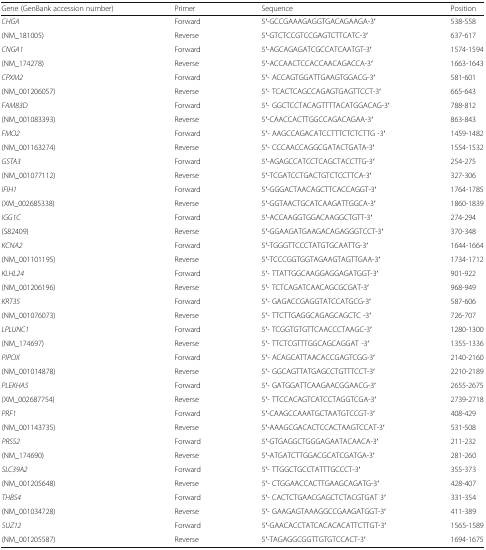
<table><thead><tr><td><b>Gene (GenBank accession number)</b></td><td><b>Primer</b></td><td><b>Sequence</b></td><td><b>Position</b></td></tr></thead><tbody><tr><td><i>CHGA</i></td><td>Forward</td><td>5′-GCCGAAAGAGGTGACAGAAGA-3′</td><td>538-558</td></tr><tr><td>(NM_181005)</td><td>Reverse</td><td>5′-GTCTCCGTCCGAGTCTTCATC-3′</td><td>637-617</td></tr><tr><td><i>CNGA1</i></td><td>Forward</td><td>5′-AGCAGAGATCGCCATCAATGT-3′</td><td>1574-1594</td></tr><tr><td>(NM_174278)</td><td>Reverse</td><td>5′-ACCAACTCCACCAACAGACCA-3′</td><td>1663-1643</td></tr><tr><td><i>CPXM2</i></td><td>Forward</td><td>5′- ACCAGTGGATTGAAGTGGACG-3′</td><td>581-601</td></tr><tr><td>(NM_001206057)</td><td>Reverse</td><td>5′- TCACTCAGCCAGAGTGAGTTCCT-3′</td><td>665-643</td></tr><tr><td><i>FAM83D</i></td><td>Forward</td><td>5′- GGCTCCTACAGTTTTACATGGACAG-3′</td><td>788-812</td></tr><tr><td>(NM_001083393)</td><td>Reverse</td><td>5′-CAACCACTTGGCCAGACAGAA-3′</td><td>863-843</td></tr><tr><td><i>FMO2</i></td><td>Forward</td><td>5′- AAGCCAGACATCCTTTCTCTCTTG -3′</td><td>1459-1482</td></tr><tr><td>(NM_001163274)</td><td>Reverse</td><td>5′- CCCAACCAGGCGATACTGATA-3′</td><td>1554-1532</td></tr><tr><td><i>GSTA3</i></td><td>Forward</td><td>5′-AGAGCCATCCTCAGCTACCTTG-3′</td><td>254-275</td></tr><tr><td>(NM_001077112)</td><td>Reverse</td><td>5′-TCGATCCTGACTGTCTCCTTCA-3′</td><td>327-306</td></tr><tr><td><i>IFIH1</i></td><td>Forward</td><td>5′-GGGACTAACAGCTTCACCAGGT-3′</td><td>1764-1785</td></tr><tr><td>(XM_002685338)</td><td>Reverse</td><td>5′-GGTAACTGCATCAAGATTGGCA-3′</td><td>1860-1839</td></tr><tr><td><i>IGG1C</i></td><td>Forward</td><td>5′-ACCAAGGTGGACAAGGCTGTT-3′</td><td>274-294</td></tr><tr><td>(S82409)</td><td>Reverse</td><td>5′-GGAAGATGAAGACAGAGGGTCCT-3′</td><td>370-348</td></tr><tr><td><i>KCNA2</i></td><td>Forward</td><td>5′-TGGGTTCCCTATGTGCAATTG-3′</td><td>1644-1664</td></tr><tr><td>(NM_001101195)</td><td>Reverse</td><td>5′-TCCCGGTGGTAGAAGTAGTTGAA-3′</td><td>1734-1712</td></tr><tr><td><i>KLHL24</i></td><td>Forward</td><td>5′- TTATTGGCAAGGAGGAGATGGT-3′</td><td>901-922</td></tr><tr><td>(NM_001206196)</td><td>Reverse</td><td>5′- TCTCAGATCAACAGCGCGAT-3′</td><td>968-949</td></tr><tr><td><i>KRT35</i></td><td>Forward</td><td>5′- GAGACCGAGGTATCCATGCG-3′</td><td>587-606</td></tr><tr><td>(NM_001076073)</td><td>Reverse</td><td>5′- TTCTTGAGGCAGAGCAGCTC -3′</td><td>726-707</td></tr><tr><td><i>LPLUNC1</i></td><td>Forward</td><td>5′- TCGGTGTGTTCAACCCTAAGC-3′</td><td>1280-1300</td></tr><tr><td>(NM_174697)</td><td>Reverse</td><td>5′- TTCTCGTTTGGCAGCAGGAT -3′</td><td>1355-1336</td></tr><tr><td><i>PIPOX</i></td><td>Forward</td><td>5′- ACAGCATTAACACCGAGTCGG-3′</td><td>2140-2160</td></tr><tr><td>(NM_001014878)</td><td>Reverse</td><td>5′- GGCAGTTATGAGCCTGTTTCCT-3′</td><td>2210-2189</td></tr><tr><td><i>PLEKHA5</i></td><td>Forward</td><td>5′- GATGGATTCAAGAACGGAACG-3′</td><td>2655-2675</td></tr><tr><td>(XM_002687754)</td><td>Reverse</td><td>5′- TTCCACAGTCATCCTAGGTCGA-3′</td><td>2739-2718</td></tr><tr><td><i>PRF1</i></td><td>Forward</td><td>5′-CAAGCCAAATGCTAATGTCCGT-3′</td><td>408-429</td></tr><tr><td>(NM_001143735)</td><td>Reverse</td><td>5′-AAAGCGACACTCCACTAAGTCCAT-3′</td><td>531-508</td></tr><tr><td><i>PRSS2</i></td><td>Forward</td><td>5′-GTGAGGCTGGGAGAATACAACA-3′</td><td>211-232</td></tr><tr><td>(NM_174690)</td><td>Reverse</td><td>5′-ATGATCTTGGACGCATCGATGA-3′</td><td>281-260</td></tr><tr><td><i>SLC39A2</i></td><td>Forward</td><td>5′- TTGGCTGCCTATTTGCCCT-3′</td><td>355-373</td></tr><tr><td>(NM_001205648)</td><td>Reverse</td><td>5′- CTGGAACCACTTGAAGCAGATG-3′</td><td>428-407</td></tr><tr><td><i>THBS4</i></td><td>Forward</td><td>5′- CACTCTGAACGAGCTCTACGTGAT 3′</td><td>331-354</td></tr><tr><td>(NM_001034728)</td><td>Reverse</td><td>5′- GAAGAGTAAAGGCCGAAGATGGT-3′</td><td>411-389</td></tr><tr><td><i>SUZ12</i></td><td>Forward</td><td>5′-GAACACCTATCACACACATTCTTGT-3′</td><td>1565-1589</td></tr><tr><td>(NM_001205587)</td><td>Reverse</td><td>5′-TAGAGGCGGTTGTGTCCACT-3′</td><td>1694-1675</td></tr></tbody></table>